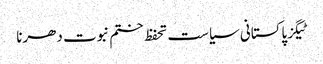
ٹیگزپاکستانی سیاست تحفظ ختم نبوت دھرنا